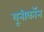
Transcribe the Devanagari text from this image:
यूनीकॉन